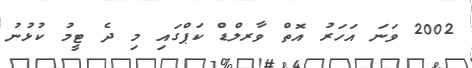
2002 ވަނަ އަހަރު އޮތް ވާރލްޑް ކަޕްގައި މި ދެ ޓީމު ކުޅުނު